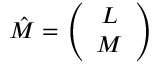
\hat { M } = \left( \begin{array} { c } { { L } } \\ { { M } } \end{array} \right)